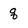
Character: q